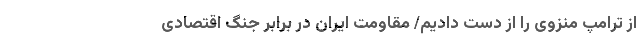
از ترامپ منزوی را از دست دادیم/ مقاومت ایران در برابر جنگ اقتصادی